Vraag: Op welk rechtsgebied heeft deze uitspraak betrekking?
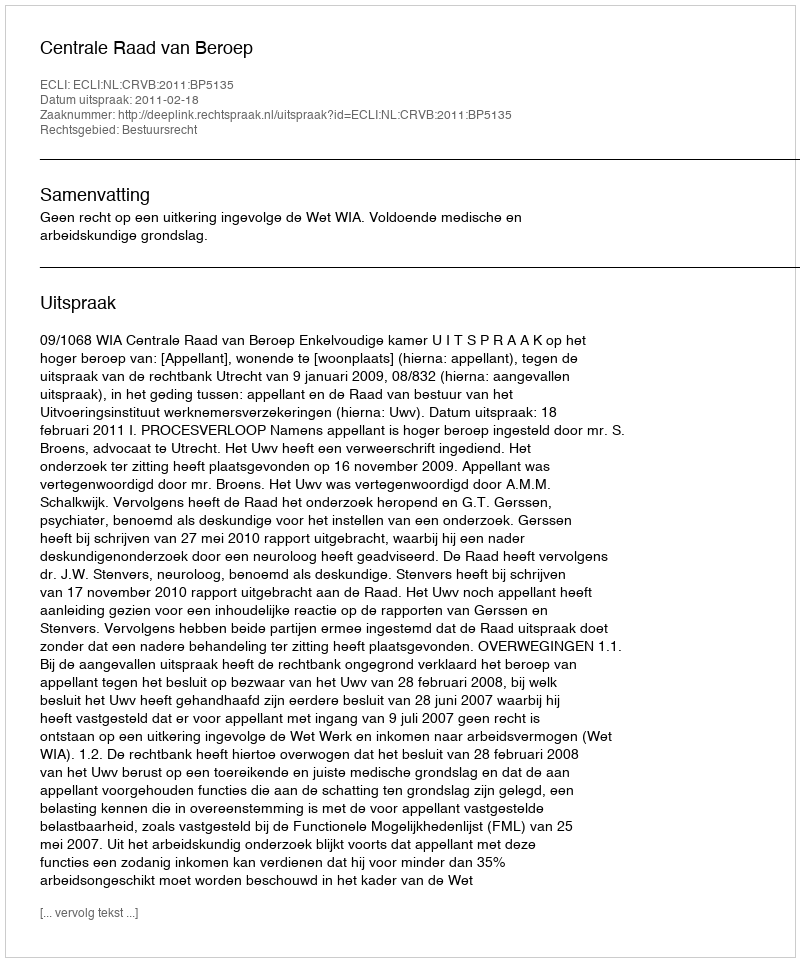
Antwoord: Bestuursrecht